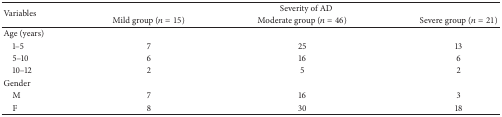
| <ROWSPAN=2> Variables | <COLSPAN=3> Severity of AD |
 | Mild group (n = 15) | Moderate group (n = 46) | Severe group (n = 21) |
 | --- | --- | --- | --- |
 | Age (years) |  |  |  |
 | 1–5 | 7 | 25 | 13 |
 | 5–10 | 6 | 16 | 6 |
 | 10–12 | 2 | 5 | 2 |
 | Gender |  |  |  |
 | M | 7 | 16 | 3 |
 | F | 8 | 30 | 18 |